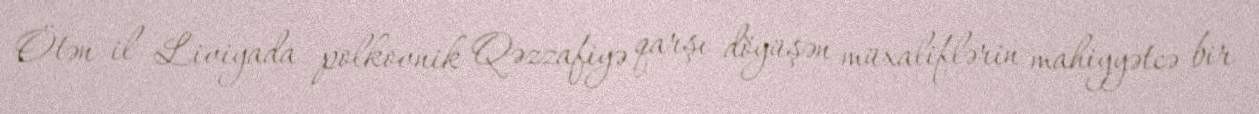
Ötən il Liviyada polkovnik Qəzzafiyə qarşı döyüşən müxaliflərin mahiyyətcə bir